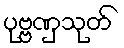
ပုဗ္ဗဏှသုတ်